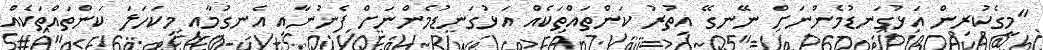
"މީގެކުރިން އަޅުގަނޑުމެންނަށް ނޭނގޭ އިތުރު ކަންތައްތަކެއް އަޅުގަނޑުމެންނަށް ފެނުނާއި އެނގުމާއި މިކަހަލަ ކަންތައްތަކެއް